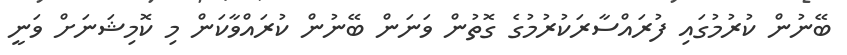
ބޭނުން ކުރުމުގައި ފުރައްސާރަކުރުމުގެ ގޮތުން ވަނަން ބޭނުން ކުރައްވާކަން މި ކޮމިޝަނަށް ވަނީ